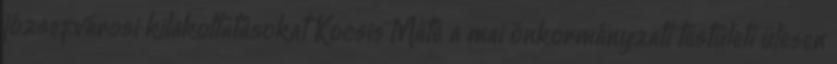
józsefvárosi kilakoltatásokat Kocsis Máté a mai önkormányzati testületi ülésen